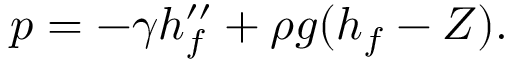
p = - \gamma h _ { f } ^ { \prime \prime } + \rho g ( h _ { f } - Z ) .